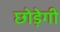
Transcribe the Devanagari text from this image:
छोड़ेगी